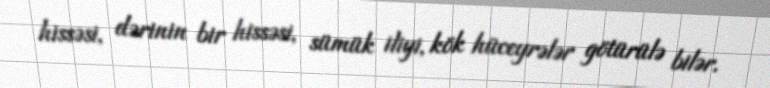
hissəsi, dərinin bir hissəsi, sümük iliyi, kök hüceyrələr götürülə bilər.